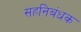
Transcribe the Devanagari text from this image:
सहनिबंधक